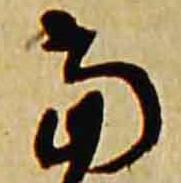
当